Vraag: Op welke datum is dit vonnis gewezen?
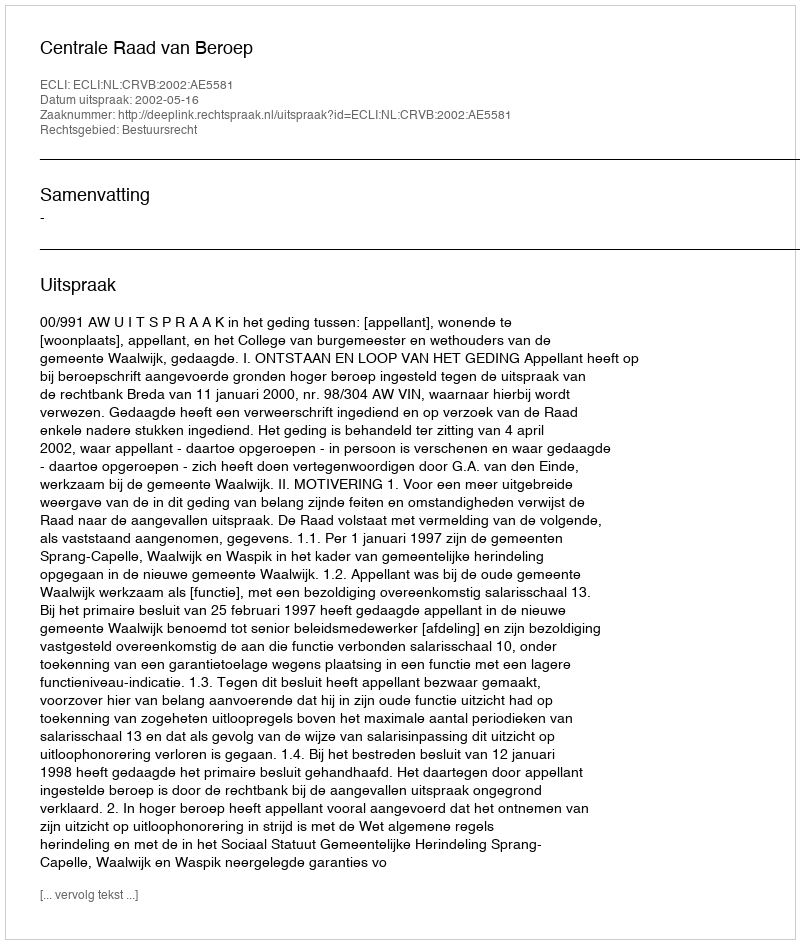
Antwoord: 2002-05-16